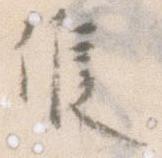
候